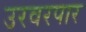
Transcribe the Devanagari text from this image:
उरवरपार